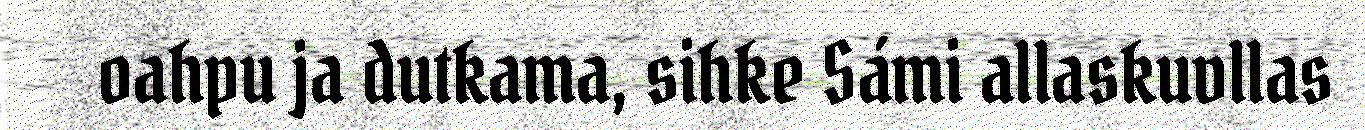
oahpu ja dutkama, sihke Sámi allaskuvllas